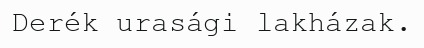
Derék urasági lakházak.